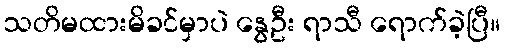
သတိမထားမိခင်မှာပဲ နွေဦး ရာသီ ရောက်ခဲ့ပြီ။